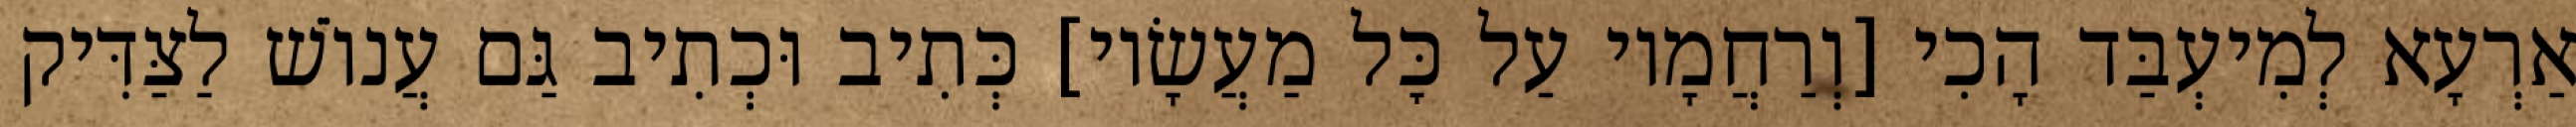
אַרְעָא לְמִיעְבַּד הָכִי [וְרַחֲמָיו עַל כׇּל מַעֲשָׂיו] כְּתִיב וּכְתִיב גַּם עֲנוֹשׁ לַצַּדִּיק